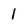
Character: 1